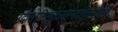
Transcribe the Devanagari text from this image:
उदीरतेतिसूक्तेनहुनेदष्टोत्तरंशतं